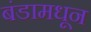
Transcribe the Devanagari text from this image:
बंडामधून